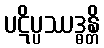
ပဋိပ္ပဿဒ္ဓန္တိ